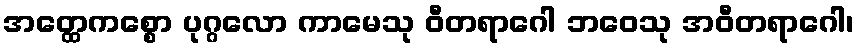
အတ္ထေကစ္စော ပုဂ္ဂလော ကာမေသု ဝီတရာဂေါ ဘဝေသု အဝီတရာဂေါ၊